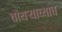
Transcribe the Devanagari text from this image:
चौथर्‍याच्याच